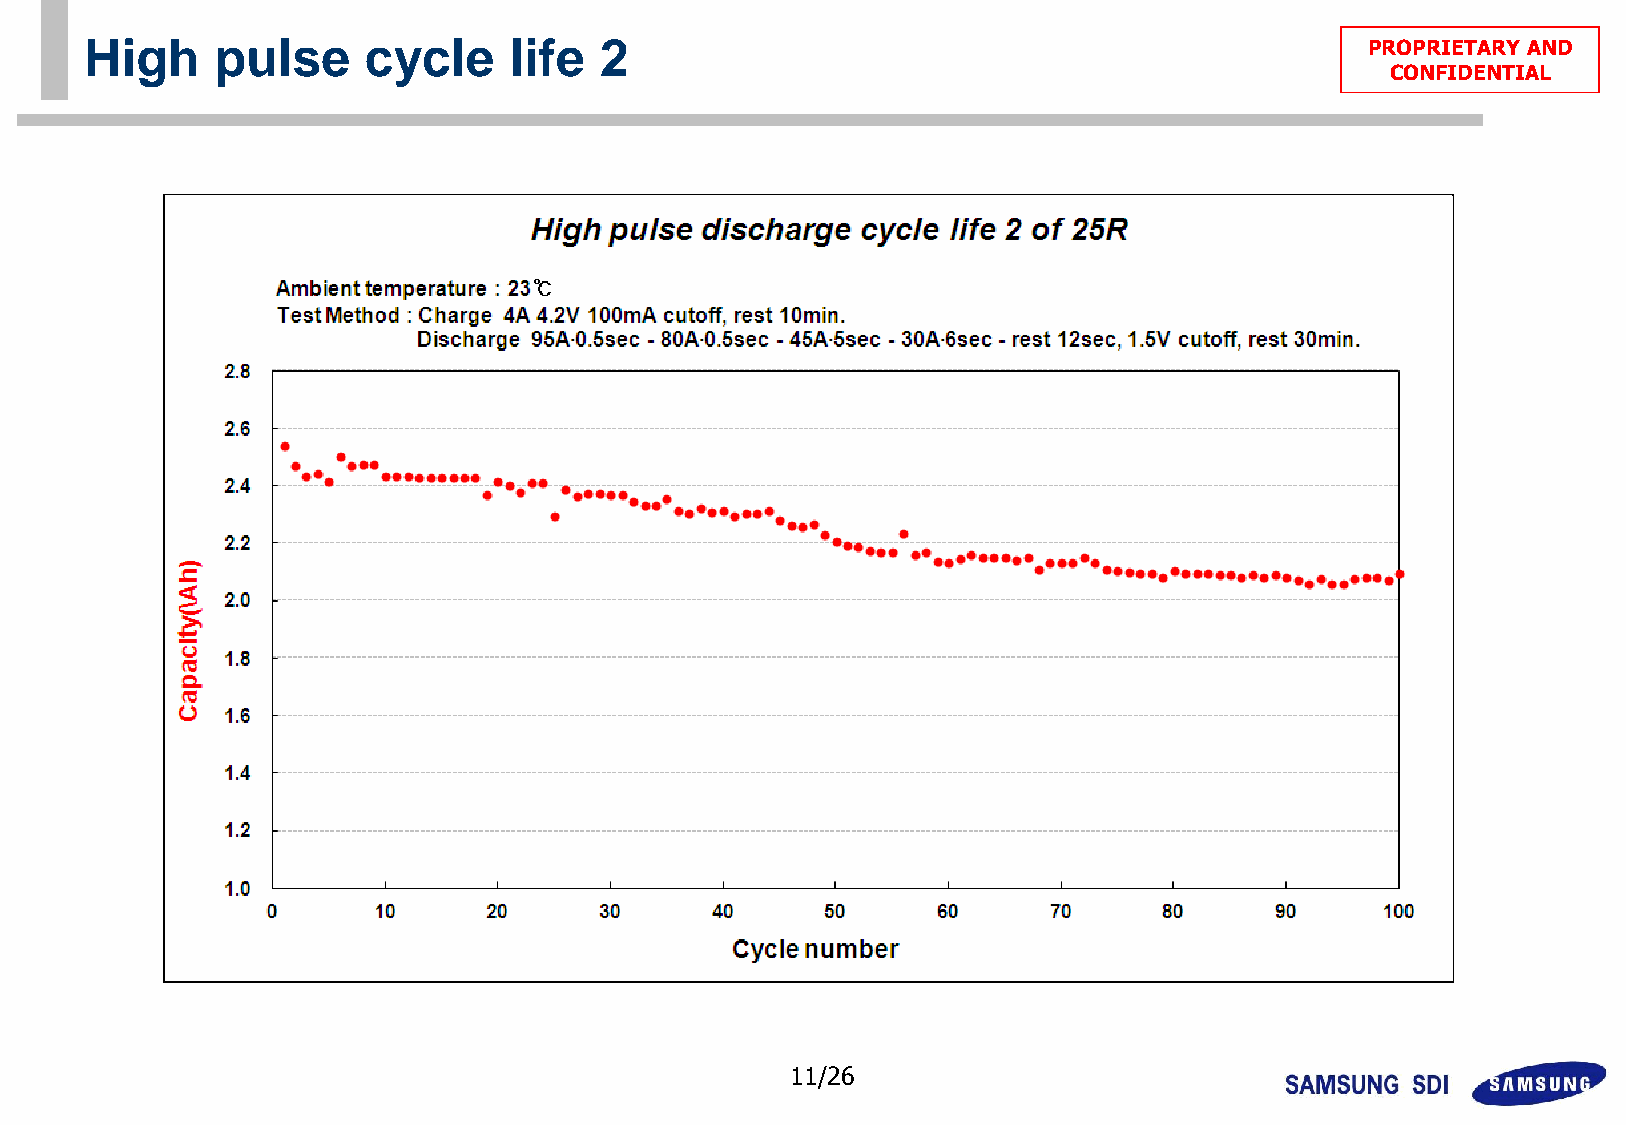
High    pulse     cycle     life  2                                                 PPRROOPPRRIIEETTAARRYY AANNDD
 CCOONNFFIIDDEENNTTIIAALL
 11/26